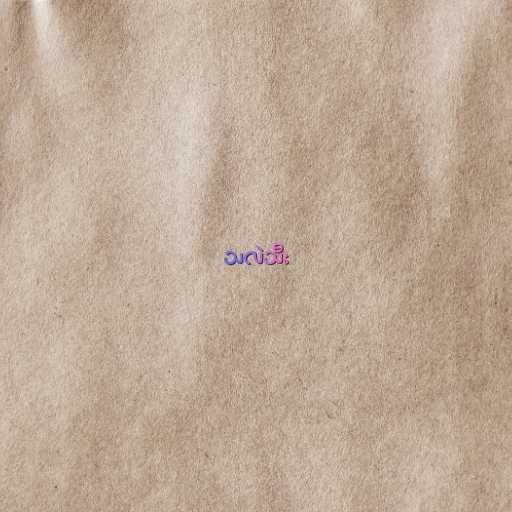
သလဲသီး